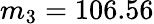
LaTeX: m_{3}=106.56